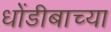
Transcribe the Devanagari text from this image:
धोंडीबाच्या